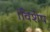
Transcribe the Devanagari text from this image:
।विशेष